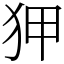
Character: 狎